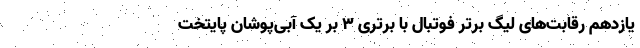
یازدهم رقابت‌های لیگ برتر فوتبال با برتری ۳ بر یک آبی‌پوشان پایتخت